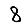
Digit: 8